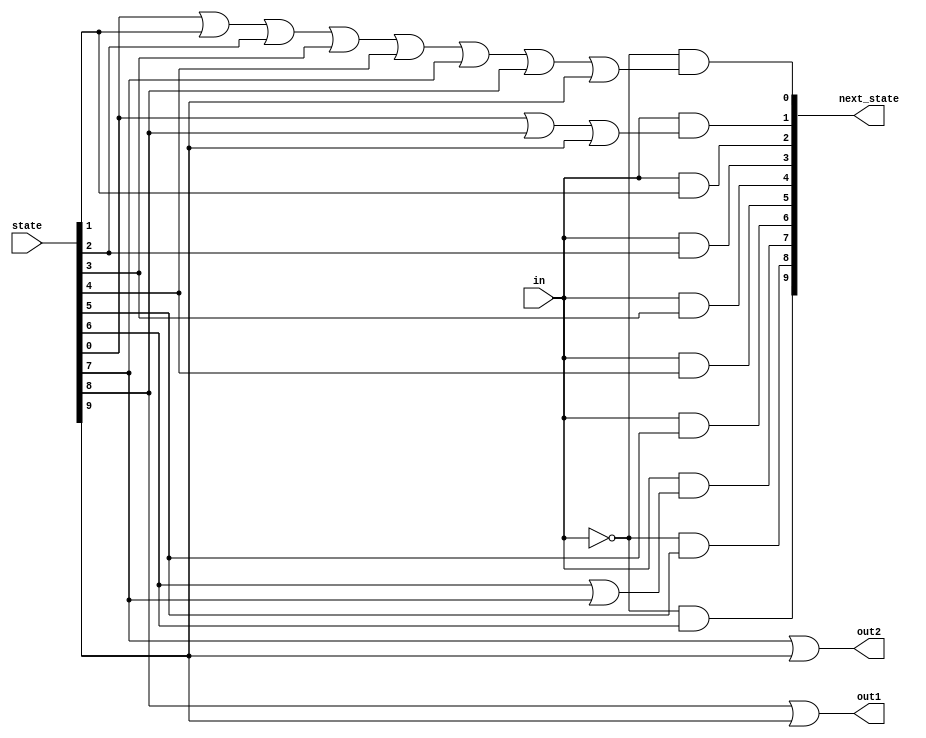
module top_module(
    input in,
    input [9:0] state,
    output [9:0] next_state,
    output out1,
    output out2);
    
    parameter S0=0, S1=1, S2=2, S3=3, S4=4, S5=5, S6=6, S7=7, S8=8, S9=9;
    
    assign next_state[S0] = ~in & (state[S0] | state[S1] | state[S2] | state[S3] | state[S4] | state[S7] | state[S8] | state[S9]);
    assign next_state[S1] = in & (state[S0] | state[S8] | state[S9]);
    assign next_state[S2] = in & state[S1];
    assign next_state[S3] = in & state[S2];
    assign next_state[S4] = in & state[S3];
    assign next_state[S5] = in & state[S4];
    assign next_state[S6] = in & state[S5];
    assign next_state[S7] = in & (state[S6] | state[7]);
    assign next_state[S8] = ~in & state[S5];
    assign next_state[S9] = ~in & state[S6];
    
    assign out1 = state[S8] | state[S9];
    assign out2 = state[S7] | state[S9];

endmodule